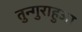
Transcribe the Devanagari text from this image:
तुन्गुराहुआ